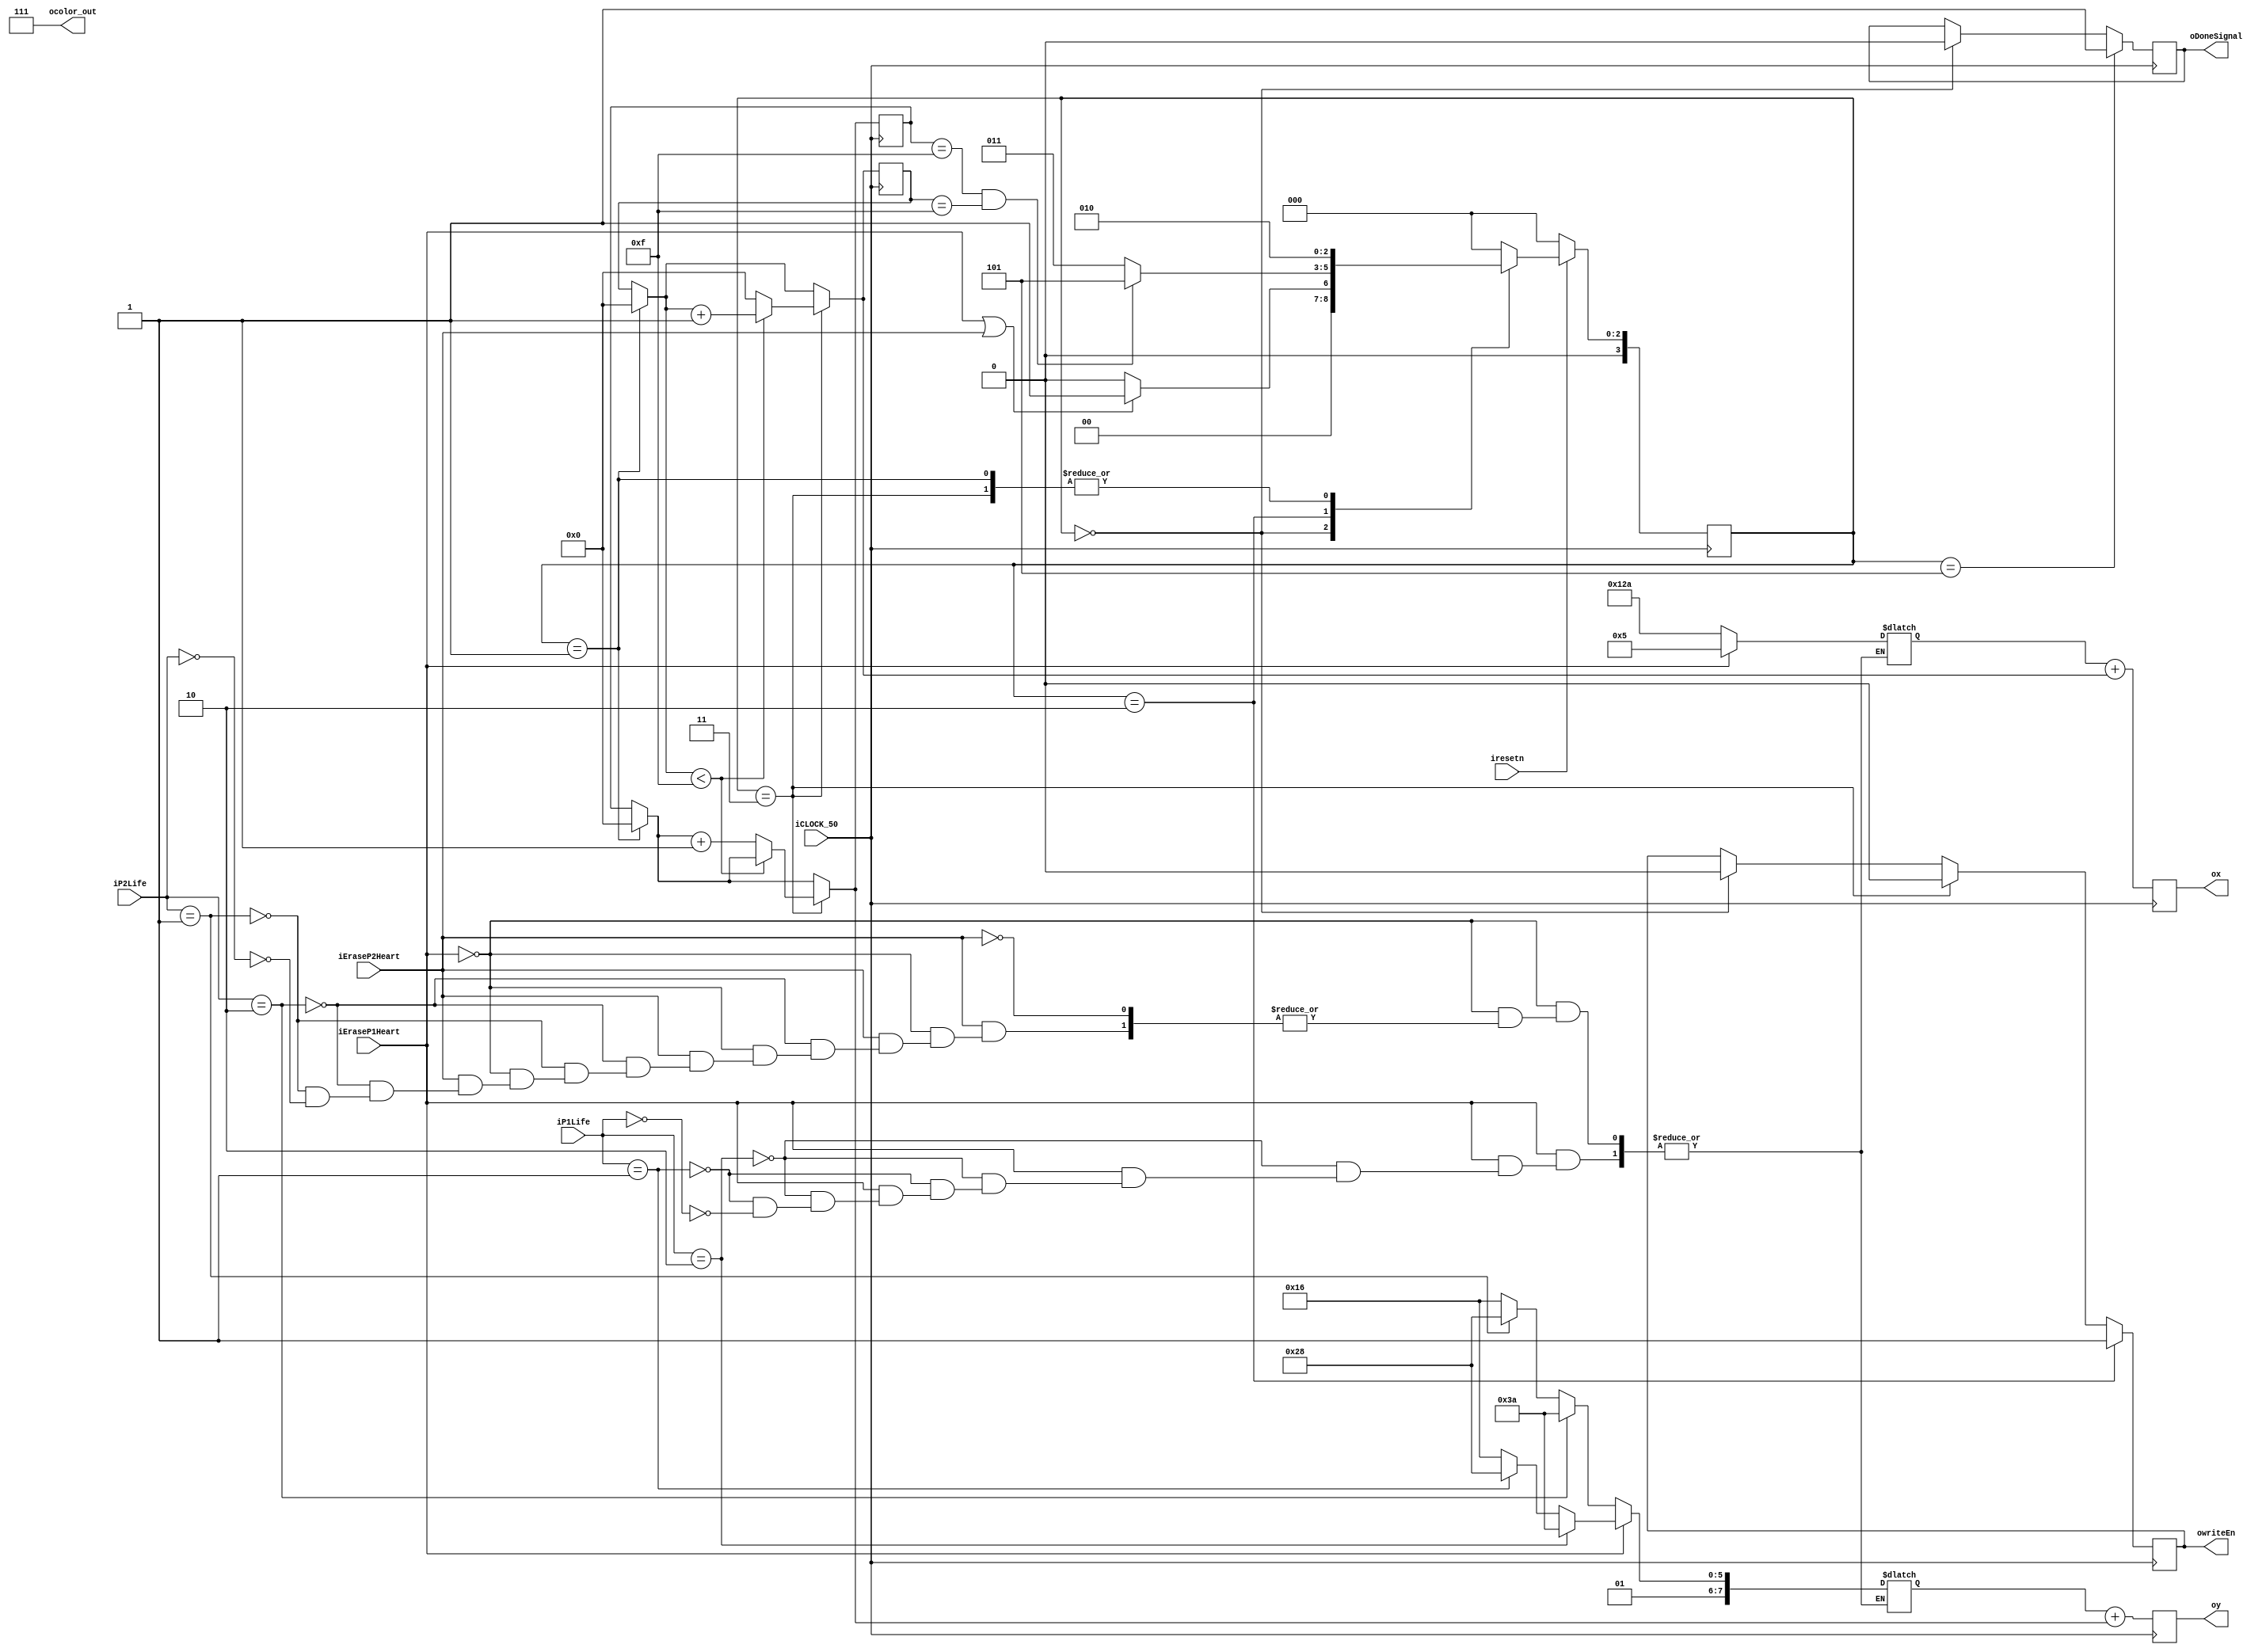
module EraseHearts 
	(
	iCLOCK_50, 
	iresetn,
	iEraseP1Heart,
	iEraseP2Heart,
	iP1Life,
	iP2Life,
	ocolor_out,
	ox,
	oy,
	owriteEn,
	oDoneSignal,
	);
	
	input iCLOCK_50, iresetn, iEraseP1Heart, iEraseP2Heart;
	input [1:0]iP1Life, iP2Life;
	output [2:0]ocolor_out;
	output reg [8:0]ox;
	output reg [7:0]oy;
	output reg owriteEn;
	output reg oDoneSignal;
	
	assign ocolor_out = 3'b111;
	
	reg [8:0]ix_pos;
	reg [7:0]iy_pos;
	
	always@(*) begin
		if(iEraseP1Heart) begin
			if(iP1Life == 2'b10) begin
				ix_pos = 5;
				iy_pos = 122;
			end
			else if(iP1Life == 2'b01) begin
				ix_pos = 5;
				iy_pos = 104;
			end
			else if(iP1Life == 2'b00) begin
				ix_pos = 5;
				iy_pos = 86;
			end
		end
		else if(iEraseP2Heart) begin
			if(iP2Life == 2'b10) begin
				ix_pos = 298;
				iy_pos = 122;
			end
			else if(iP2Life == 2'b01) begin
				ix_pos = 298;
				iy_pos = 104;
			end
			else if(iP2Life == 2'b00) begin
				ix_pos = 298;
				iy_pos = 86;
			end
		end
	end
	
	reg [4:0]x_counter, y_counter; //up to 15 for x and 15 for y
	
	//STATES and State FFs
	parameter [3:0] ST_idle = 0, ST_chooseColor = 4, ST_setMem = 1, ST_draw = 2, ST_count = 3, ST_Done = 5;
	reg [3:0] CState, NState;
	always@(posedge iCLOCK_50) begin
		if (!iresetn)
			CState = ST_idle;
		else
			CState = NState;
	end
	//end fsm setup
	
	//CHANGING STATE
	always@(*) begin
		NState = ST_idle; //blocking or nonblock?
		case(CState)
				ST_idle: begin
					if (iEraseP1Heart || iEraseP2Heart)
						NState = ST_setMem;
					else
						NState = ST_idle;
				end
				ST_setMem:
						NState = ST_draw;
				ST_draw: begin
					if (y_counter == 15 && x_counter == 15) // stop when y_counter reaches 16
						NState = ST_Done;
					else
						NState = ST_count;
				end
				ST_count:
						NState = ST_draw;
				ST_Done:
						NState = ST_idle;
				default:
						NState = ST_idle; 
		endcase
	end
	// end state rules
	
	//VARIOUS COUNTERS
	always@(posedge iCLOCK_50) begin
		if (CState == ST_idle) begin
			owriteEn = 0;
			oDoneSignal = 0;
		end
		if (CState == ST_setMem) begin
			x_counter = 0;
			y_counter = 0;
			end
		if (CState == ST_count) begin
			owriteEn = 0;
			if (x_counter < 15) // increments x_counter until x_counter is > 15
				x_counter = x_counter + 1;
			else begin
				x_counter = 0; // resets x_counter
				y_counter = y_counter + 1; // increments y_counter
				end
			end
		if (CState == ST_draw)
			owriteEn = 1;
		if (CState == ST_Done)
			oDoneSignal = 1;
		ox = ix_pos + x_counter;
		oy = iy_pos + y_counter;
	end
	// end counters
endmodule